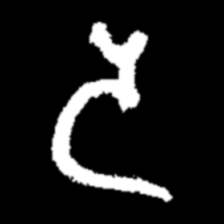
Pyu character \u2014 Myanmar letter: ဒ (romanized: da)